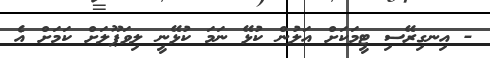
- އިނގިރޭސި ޓީމަކަށް އަލުން ކުޅޭ ނަމަ ކުޅޭނީ ލިވަޕޫލަށް ކަމަށް އެ